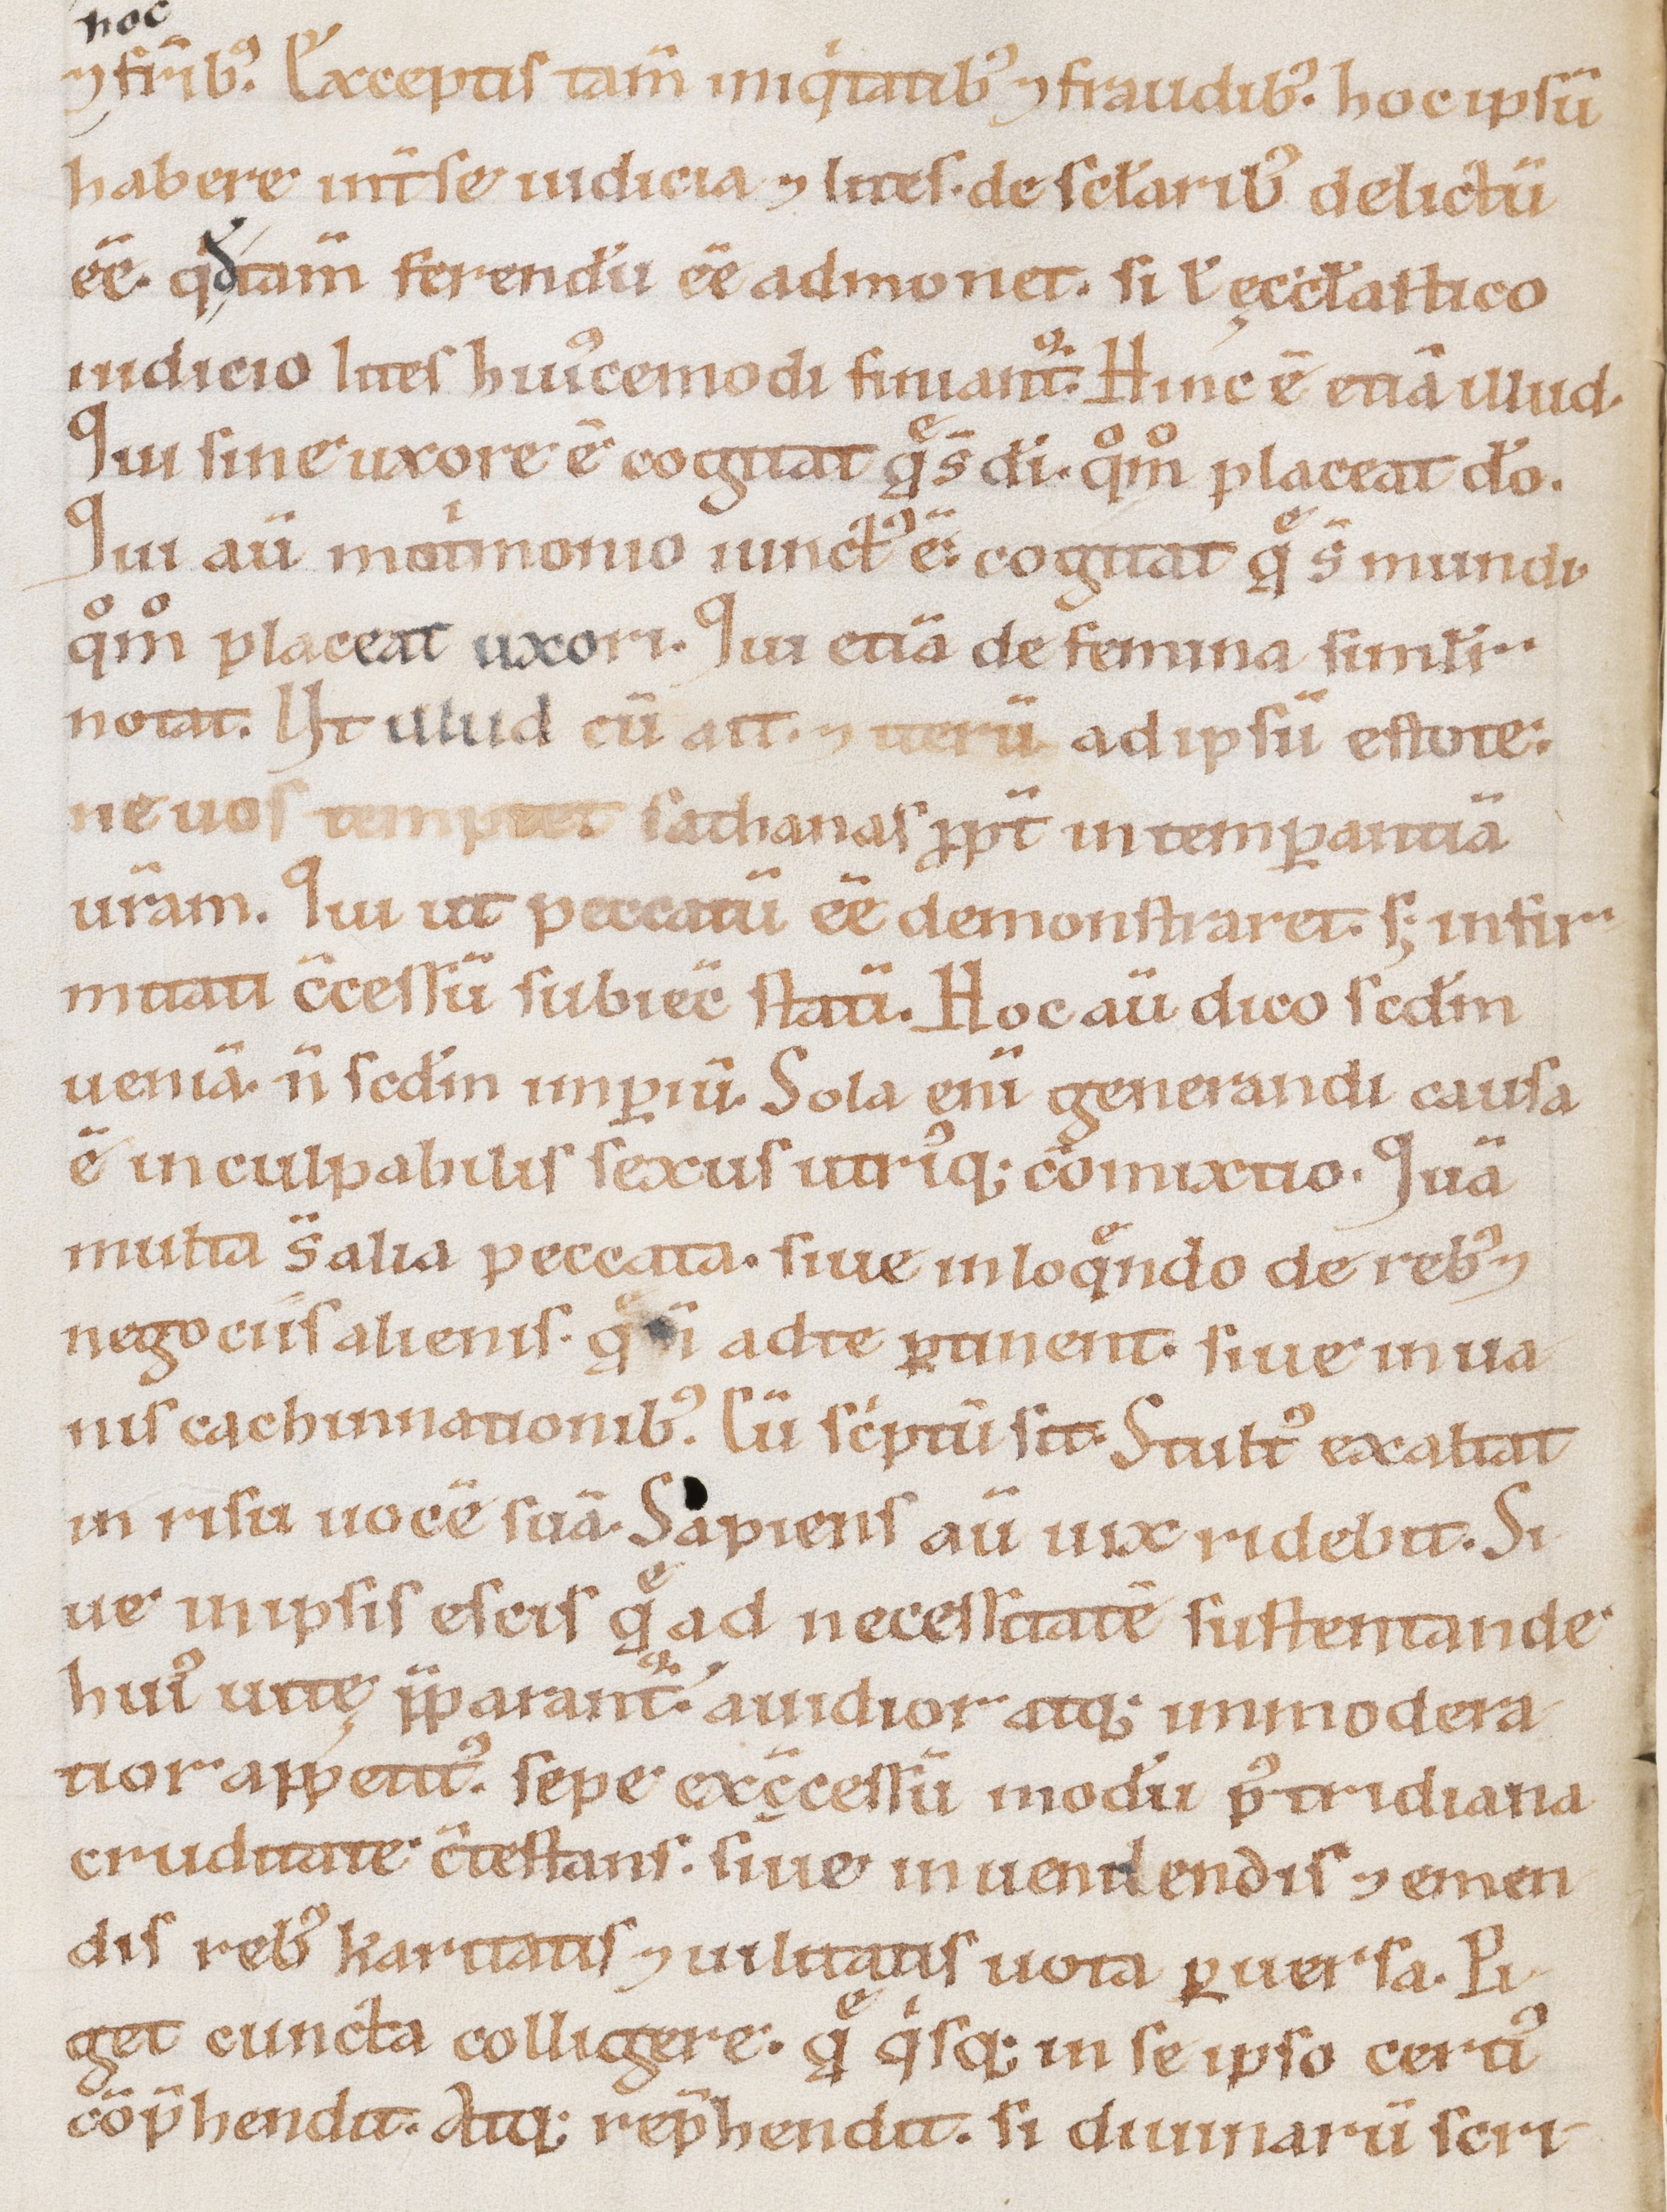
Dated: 1100–1199